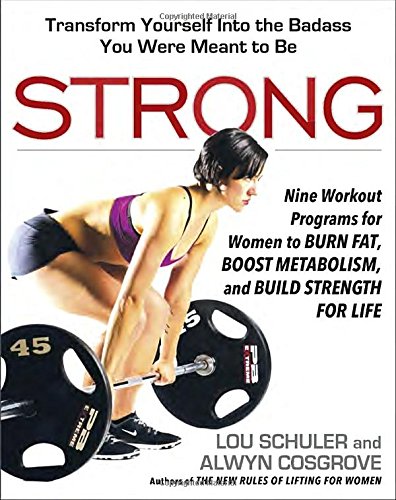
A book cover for Strong: Nine Workout Programs for Women to Burn Fat, Boost Metabolism, and Build Strength for Life; Lou Schuler; Health, Fitness & Dieting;